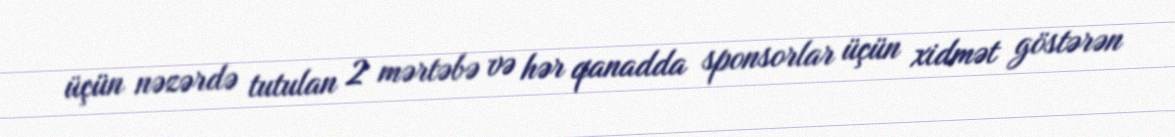
üçün nəzərdə tutulan 2 mərtəbə və hər qanadda sponsorlar üçün xidmət göstərən